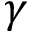
\gamma